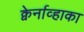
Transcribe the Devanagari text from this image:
क्वेर्नाव्हाका